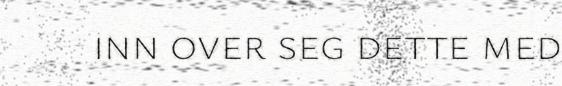
inn over seg dette med